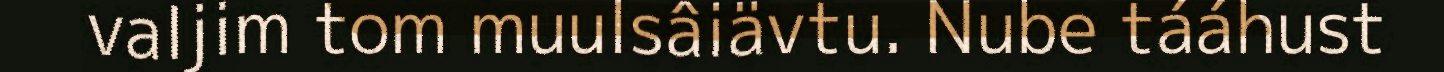
valjim tom muulsâiävtu. Nube tááhust